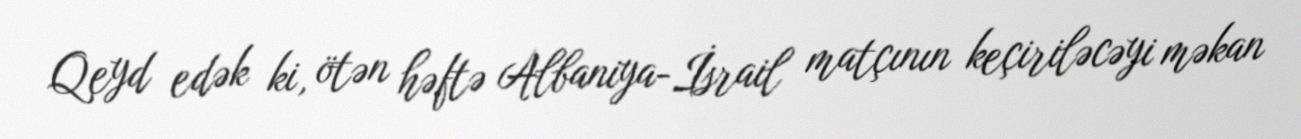
Qeyd edək ki, ötən həftə Albaniya-İsrail matçının keçiriləcəyi məkan